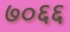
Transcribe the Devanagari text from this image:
७०६६